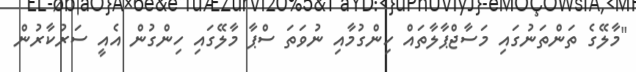
"މާލޭގެ ތަންތަނުގައި މަސާޖްޕާލާތައް ހިންގުމާއި ނުވަތަ ސްޕާ މާލޭގައި ހިންގުން އެއީ ސަރުކާރުން